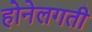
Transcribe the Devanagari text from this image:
होनेलगती